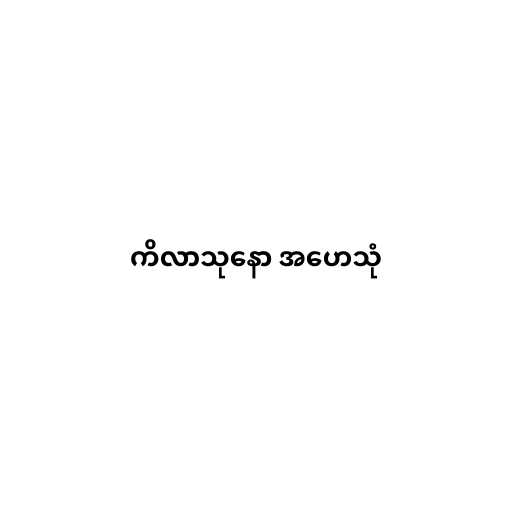
ကိလာသုနော အဟေသုံ